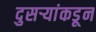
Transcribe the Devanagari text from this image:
दुसर्‍यांकडून